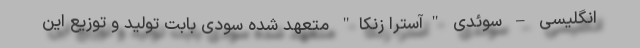
انگلیسی – سوئدی "آسترا زنکا" متعهد شده سودی بابت تولید و توزیع این